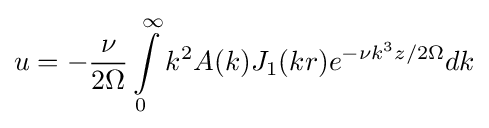
u=-{\frac {\nu }{2\Omega }}\int \limits _{0}^{\infty }k^{2}A(k)J_{1}(kr)e^{-\nu k^{3}z/2\Omega }dk